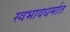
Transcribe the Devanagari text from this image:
स्वभावधर्मात